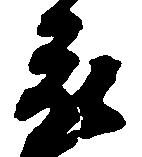
被